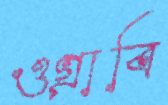
ওগ্‌রাবি